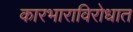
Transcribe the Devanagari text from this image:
कारभाराविरोधात